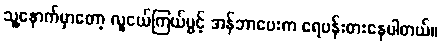
သူ့နောက်မှာတော့ လူငယ်ကြယ်ပွင့် အန်ဘာပေးက ရေပန်းစားနေပါတယ်။